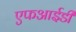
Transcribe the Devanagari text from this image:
एफआईडी